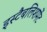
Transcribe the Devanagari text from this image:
इस्‍टैबलिशमेंट